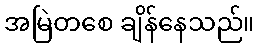
အမြဲတစေ ချိန်နေသည်။